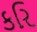
કરિ